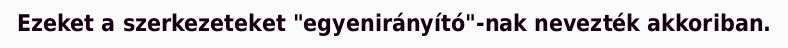
Ezeket a szerkezeteket "egyenirányító"-nak nevezték akkoriban.